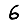
Digit: 6